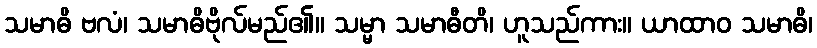
သမာဓိ ဗလံ၊ သမာဓိဗိုလ်မည်၏။ သမ္မာ သမာဓီတိ၊ ဟူသည်ကား။ ယာထာဝ သမာဓိ၊